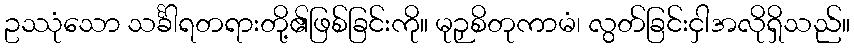
ဥဿုံသော သင်္ခါရတရားတို့၏ဖြစ်ခြင်းကို။ မုဉှစိတုကာမံ၊ လွတ်ခြင်းငှါအလိုရှိသည်။